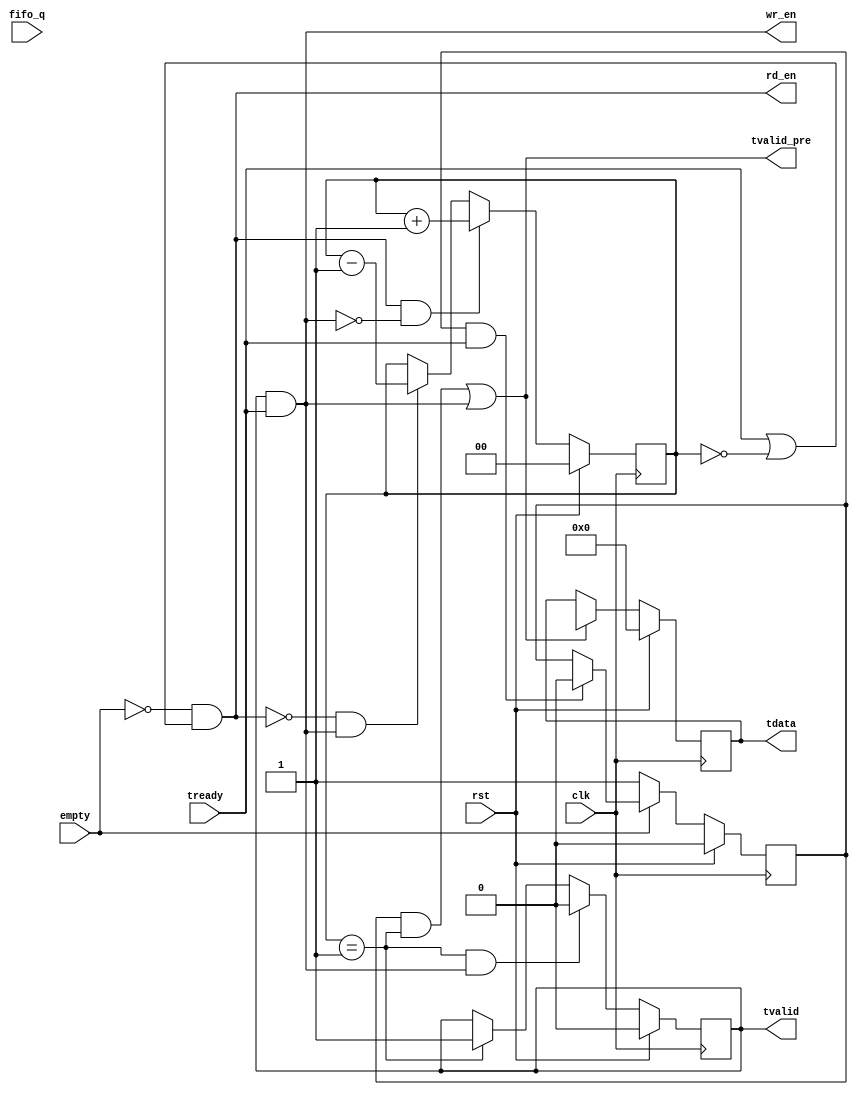
// use as fifo to fifo
// output port
// wr_en    write fifo enable 
// tdata    write fifo data
// tready   write fifo full reversal

// use as fifo to axi stream
// output port
// tvalid   axi stream valid
// tdata    axi stream data
// tready   axi stream ready

// if not use data channel
// tvalid_pre use to latch data


`timescale 1ns/1ps
module fifo_axis
  (
   /*AUTOARG*/
   // Outputs
   rd_en, tvalid, tdata, tvalid_pre, wr_en,
   // Inputs
   clk, rst, fifo_q, empty, tready
   );

   parameter C_DATA_W = 16;

   input clk;
   input rst;
   output rd_en;
   input [C_DATA_W-1:0] fifo_q;
   input 		empty;
   output 		tvalid;
   input 		tready;
   output [C_DATA_W-1:0] tdata;
   output 		 tvalid_pre;
   output 		 wr_en;

   reg [C_DATA_W-1:0] 	 tdata;
   reg 			 src_valid;
   reg 			 wr_buf;
   reg [1:0] 		 cnt_en;

   assign rd_en = (~empty) && (tready || (cnt_en == 0)); 
   assign wr_en = wr_buf & tready;
   assign tvalid_pre = ((src_valid && (cnt_en == 1)) || wr_en);
   assign tvalid = wr_buf;

   always@(posedge clk)
     begin
	if(rst)
	  cnt_en <= #1 2'h0;
	else if(rd_en && (~wr_en))
	  cnt_en <= #1 cnt_en + 1'h1;
	else if((~rd_en) && wr_en)
	  cnt_en <= #1 cnt_en - 1'h1;
     end

   always@(posedge clk)
     begin
	if(rst)
	  src_valid <= #1 1'h0;
	else if(~empty)
	  src_valid <= #1 1'h1;
	else if(src_valid && tready)
	  src_valid <= #1 1'h0;
     end

   always@(posedge clk)
     begin
	if(rst)
	  wr_buf <= #1 1'h0;
	else if((cnt_en == 1) && wr_en)
	  wr_buf <= #1 1'h0;
	else if(cnt_en == 1)
	  wr_buf <= #1 1'h1;
     end

   always@(posedge clk)
     begin
	if(rst)
	  tdata <= #1 {C_DATA_W{1'h0}};
  	else if(tvalid_pre)
	  tdata <= #1 {fifo_q[31:0],fifo_q[63:32],fifo_q[95:64],fifo_q[127:96]};
     end

endmodule